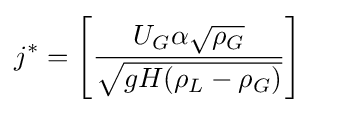
j^{*}=\left[{\frac {U_{G}\alpha {\sqrt {\rho _{G}}}}{\sqrt {gH(\rho _{L}-\rho _{G})}}}\right]\quad